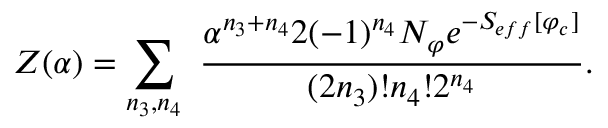
Z ( \alpha ) = \sum _ { n _ { 3 } , n _ { 4 } } \ { \frac { \alpha ^ { n _ { 3 } + n _ { 4 } } 2 ( - 1 ) ^ { n _ { 4 } } { \cal { N } } _ { \varphi } e ^ { - S _ { e f f } [ \varphi _ { c } ] } } { ( 2 n _ { 3 } ) ! n _ { 4 } ! 2 ^ { n _ { 4 } } } } .